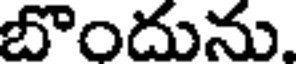
బొందును.